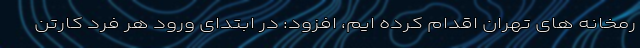
رمخانه های تهران اقدام کرده ایم، افزود: در ابتدای ورود هر فرد کارتن